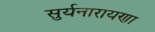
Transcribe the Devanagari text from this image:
सुर्यनारायणा